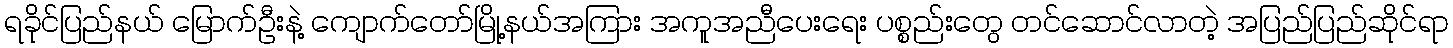
ရခိုင်ပြည်နယ် မြောက်ဦးနဲ့ ကျောက်တော်မြို့နယ်အကြား အကူအညီပေးရေး ပစ္စည်းတွေ တင်ဆောင်လာတဲ့ အပြည်ပြည်ဆိုင်ရာ